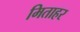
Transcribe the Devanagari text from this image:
मिताहर